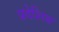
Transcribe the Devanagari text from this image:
प्रदेशिय